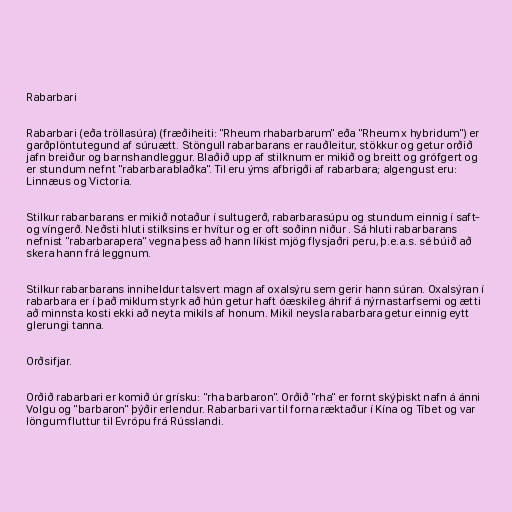
Rabarbari

Rabarbari (eða tröllasúra) (fræðiheiti: "Rheum rhabarbarum" eða "Rheum x hybridum") er
garðplöntutegund af súruætt. Stöngull rabarbarans er rauðleitur, stökkur og getur orðið
jafn breiður og barnshandleggur. Blaðið upp af stilknum er mikið og breitt og grófgert og
er stundum nefnt "rabarbarablaðka". Til eru ýms afbrigði af rabarbara; algengust eru:
Linnæus og Victoria.

Stilkur rabarbarans er mikið notaður í sultugerð, rabarbarasúpu og stundum einnig í saft-
og víngerð. Neðsti hluti stilksins er hvítur og er oft soðinn niður . Sá hluti rabarbarans
nefnist "rabarbarapera" vegna þess að hann líkist mjög flysjaðri peru, þ.e.a.s. sé búið að
skera hann frá leggnum.

Stilkur rabarbarans inniheldur talsvert magn af oxalsýru sem gerir hann súran. Oxalsýran í
rabarbara er í það miklum styrk að hún getur haft óæskileg áhrif á nýrnastarfsemi og ætti
að minnsta kosti ekki að neyta mikils af honum. Mikil neysla rabarbara getur einnig eytt
glerungi tanna.

Orðsifjar.

Orðið rabarbari er komið úr grísku: "rha barbaron". Orðið "rha" er fornt skýþiskt nafn á ánni
Volgu og "barbaron" þýðir erlendur. Rabarbari var til forna ræktaður í Kína og Tíbet og var
löngum fluttur til Evrópu frá Rússlandi.